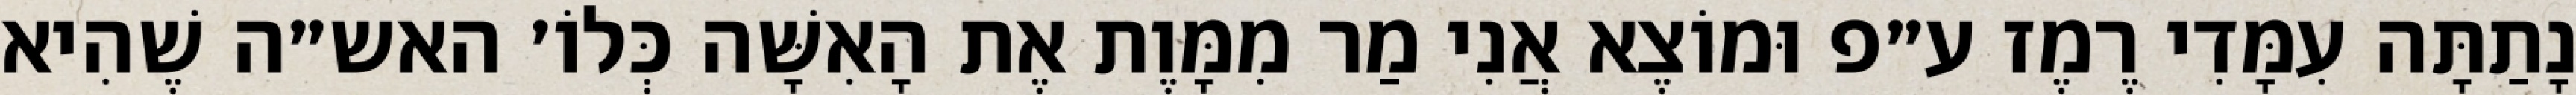
נָתַתָּה עִמָּדִי רֶמֶז ע״פ וּמוֹצֶא אֲנִי מַר מִמָּוֶת אֶת הָאִשָּׁה כְּלוֹ׳ האש״ה שֶׁהִיא